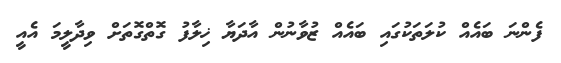
ފެންނަ ބައެއް ކުލަތަކުގައި ބައެއް ޒުވާނުން އާދަޔާ ޚިލާފު ގޮތްގޮތަށް ވިދާލީމަ އެއީ